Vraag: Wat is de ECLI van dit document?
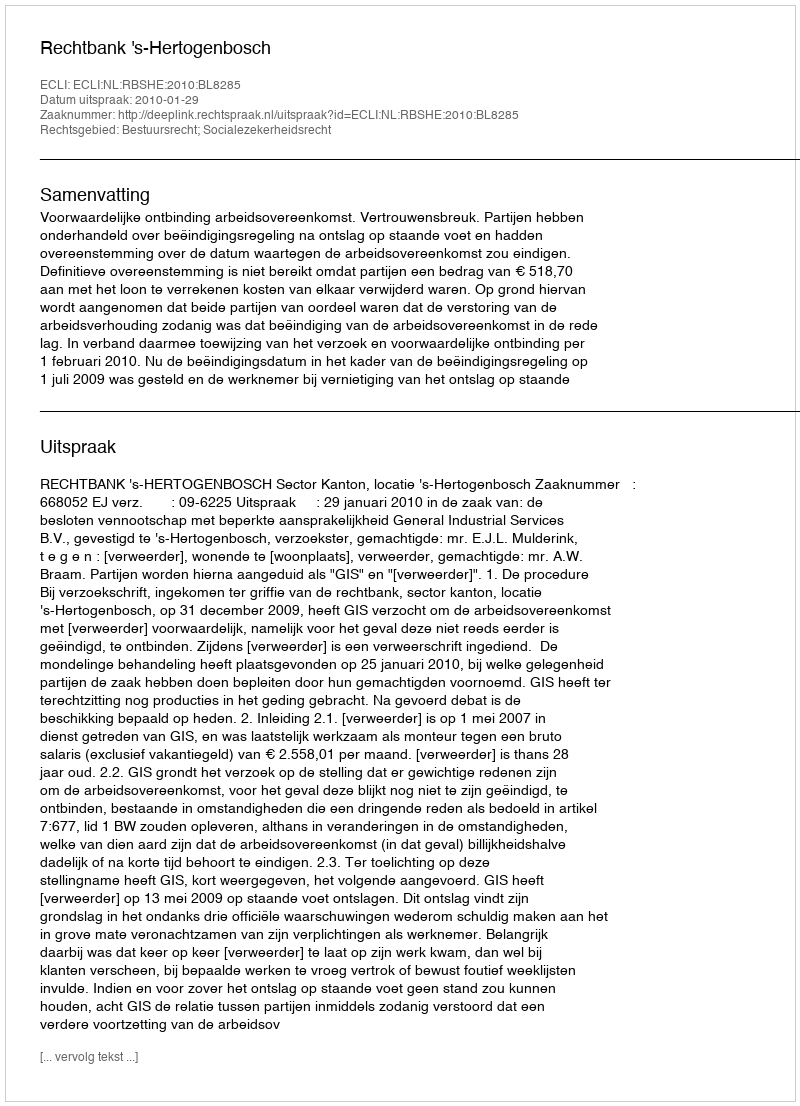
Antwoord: ECLI:NL:RBSHE:2010:BL8285